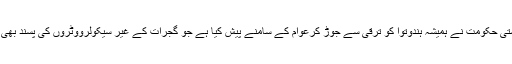
ریاستی حکومت نے ہمیشہ ہندوتوا کو ترقی سے جوڑ کرعوام کے سامنے پیش کیا ہے جو گجرات کے غیر سیکولرووٹروں کی پسند بھی ہے۔